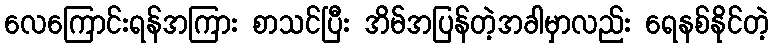
လေကြောင်းရန်အကြား စာသင်ပြီး အိမ်အပြန်တဲ့အခါမှာလည်း ရေနစ်နိုင်တဲ့